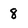
Character: 8